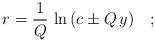
LaTeX: \begin{align*}r = \frac{1}{Q} \, \ln \, (c\pm Q\, y) \quad ; \quad\end{align*}